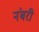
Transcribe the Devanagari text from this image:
नंबरी